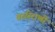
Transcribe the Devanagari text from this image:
बळीराणी